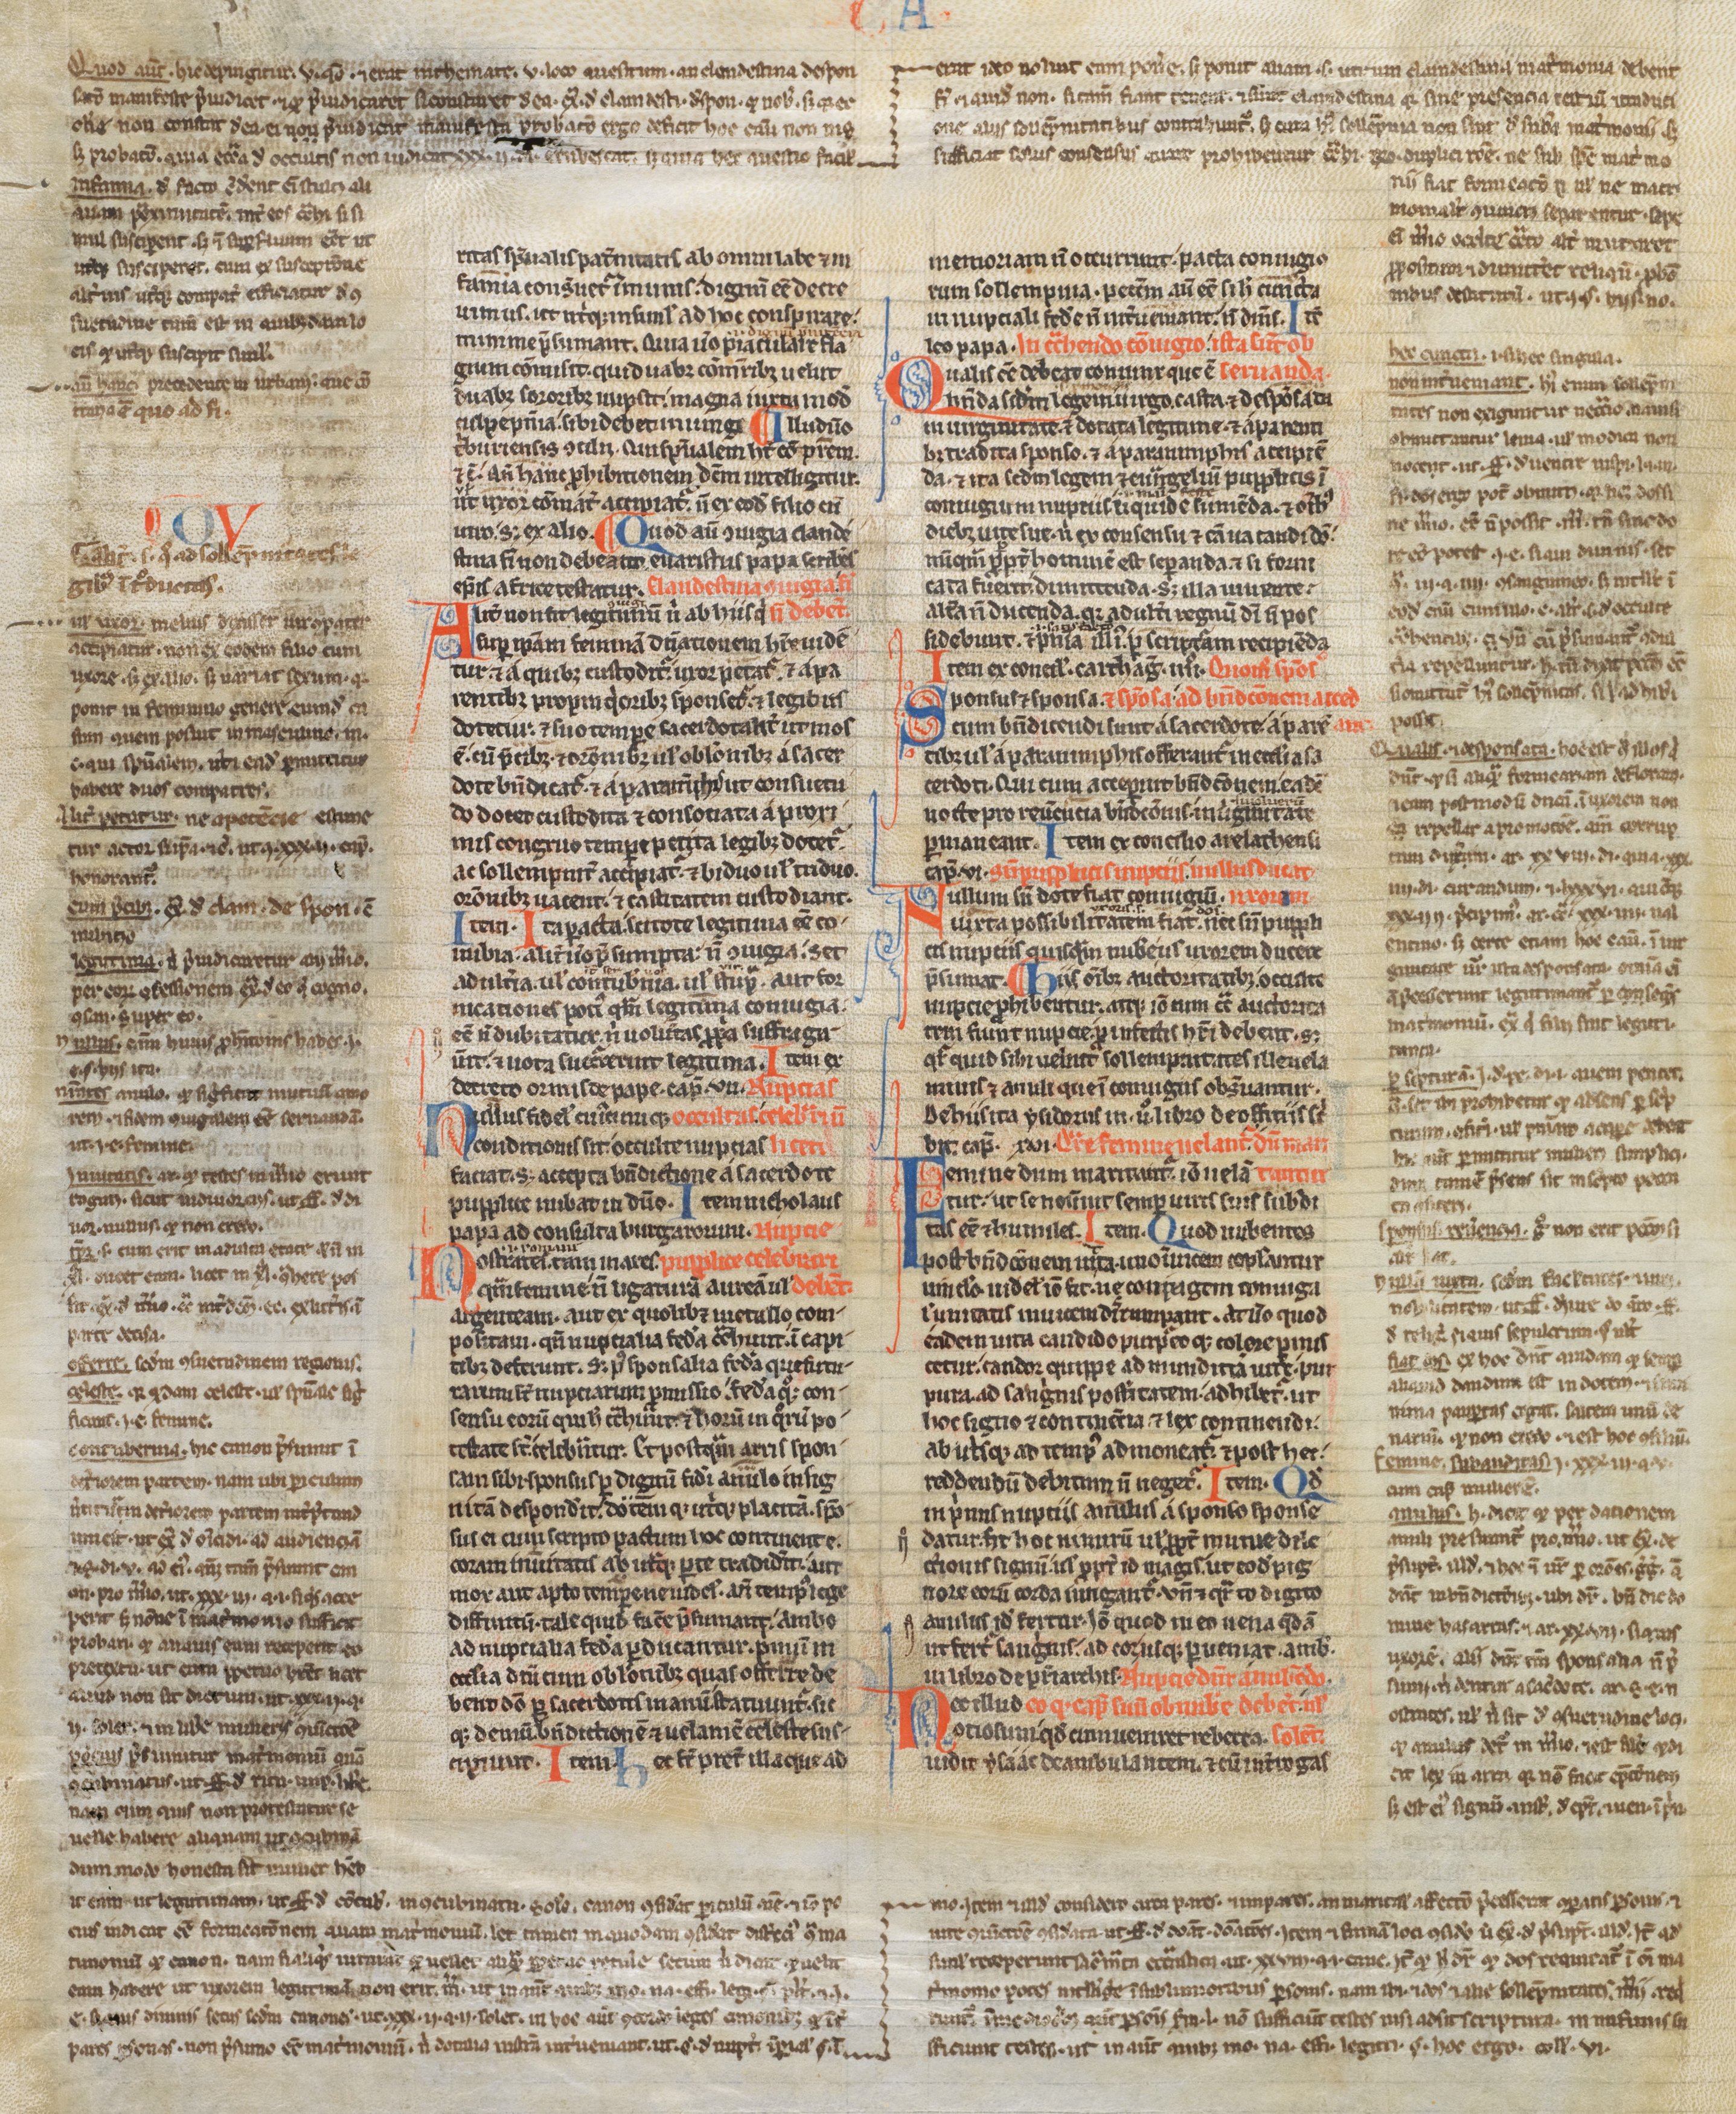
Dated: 1200–1249